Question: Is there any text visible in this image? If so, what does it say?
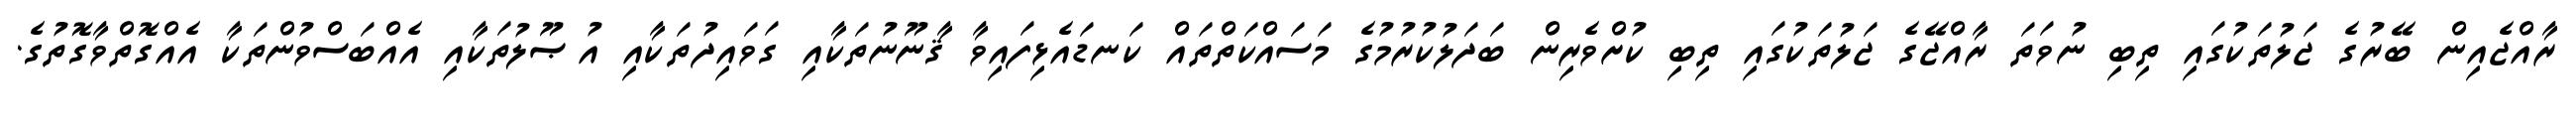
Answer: ރާއްޖެއިން ބޭރުގެ ޖަލުތަކުގައި ތިބި ނުވަތަ ރާއްޖޭގެ ޖަލުތަކުގައި ތިބި ކުށްވެރިން ބަދަލުކުރުމުގެ މަސައްކަތްތައް ކަނޑައެޅިފައިވާ ޤާނޫނުތަކާއި ގަވައިދުތަކާއި އުޞޫލުތަކާއި އެއްބަސްވުންތަކާ އެއްގޮތްވާގޮތުގެ.